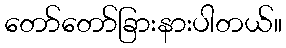
တော်တော်ခြားနားပါတယ်။